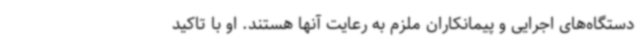
دستگاه‌های اجرایی و پیمانکاران ملزم به رعایت آنها هستند. او با تاکید